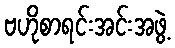
ဗဟိုစာရင်းအင်းအဖွဲ့